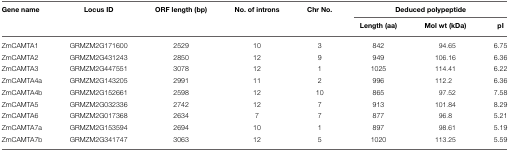
<table><thead><tr><td><b>Gene name</b></td><td><b>Locus ID</b></td><td><b>ORF length (bp)</b></td><td><b>No. of introns</b></td><td><b>Chr No.</b></td><td colspan="3"><b>Deduced polypeptide</b></td></tr><tr><td></td><td></td><td></td><td></td><td></td><td><b>Length (aa)</b></td><td><b>Mol wt (kDa)</b></td><td><b>pI</b></td></tr></thead><tbody><tr><td>ZmCAMTA1</td><td>GRMZM2G171600</td><td>2529</td><td>10</td><td>3</td><td>842</td><td>94.65</td><td>6.75</td></tr><tr><td>ZmCAMTA2</td><td>GRMZM2G431243</td><td>2850</td><td>12</td><td>9</td><td>949</td><td>106.16</td><td>6.36</td></tr><tr><td>ZmCAMTA3</td><td>GRMZM2G447551</td><td>3078</td><td>12</td><td>1</td><td>1025</td><td>114.41</td><td>6.22</td></tr><tr><td>ZmCAMTA4a</td><td>GRMZM2G143205</td><td>2991</td><td>11</td><td>2</td><td>996</td><td>112.2</td><td>6.36</td></tr><tr><td>ZmCAMTA4b</td><td>GRMZM2G152661</td><td>2598</td><td>12</td><td>10</td><td>865</td><td>97.52</td><td>7.58</td></tr><tr><td>ZmCAMTA5</td><td>GRMZM2G032336</td><td>2742</td><td>12</td><td>7</td><td>913</td><td>101.84</td><td>8.29</td></tr><tr><td>ZmCAMTA6</td><td>GRMZM2G017368</td><td>2634</td><td>7</td><td>7</td><td>877</td><td>96.8</td><td>5.21</td></tr><tr><td>ZmCAMTA7a</td><td>GRMZM2G153594</td><td>2694</td><td>10</td><td>1</td><td>897</td><td>98.61</td><td>5.19</td></tr><tr><td>ZmCAMTA7b</td><td>GRMZM2G341747</td><td>3063</td><td>12</td><td>5</td><td>1020</td><td>113.25</td><td>5.59</td></tr></tbody></table>